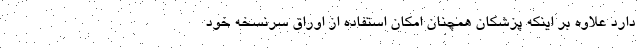
دارد علاوه بر اینکه پزشکان همچنان امکان استفاده از اوراق سرنسخه خود